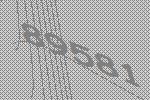
89581